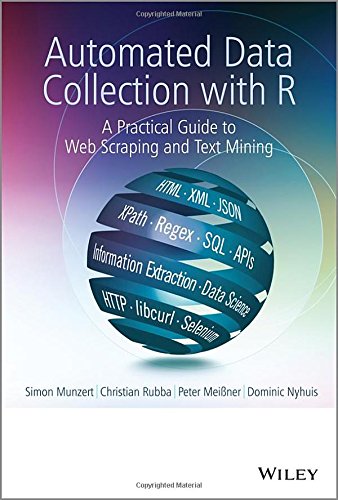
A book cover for Automated Data Collection with R: A Practical Guide to Web Scraping and Text Mining; Simon Munzert; Computers & Technology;